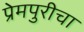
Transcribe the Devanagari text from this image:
प्रेमपुरीचा